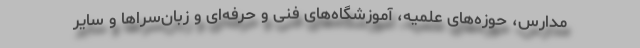
مدارس، حوزه‌های علمیه، آموزشگاه‌های فنی و حرفه‌ای و زبان‌سراها و سایر